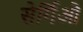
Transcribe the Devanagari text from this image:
सेर्गिओ